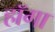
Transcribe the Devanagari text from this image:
हॉगा